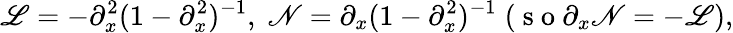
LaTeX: \mathscr{L}=-\partial_{x}^{2}(1-\partial_{x}^{2})^{-1},\; \mathscr{N}=\partial_{x}(1-\partial_{x}^{2})^{-1}\; (\mathrm{~s~o~}\partial_{x}\mathscr{N}=-\mathscr{L}),